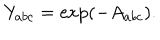
Y _ { a b c } = \exp \left( - A _ { a b c } \right) .